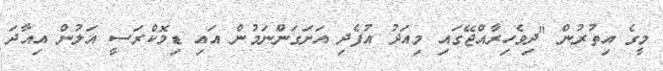
މީގެ އިތުރުން "ދިވެހިރާއްޖޭގައި މިއަދު އުފެދި އަށަގަންނަމުން އައި ޑިމޮކްރަސީ އަލުން އިއާދަ